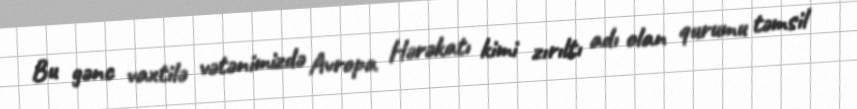
Bu gənc vaxtilə vətənimizdə Avropa Hərəkatı kimi zırıltı adı olan qurumu təmsil